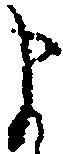
ま